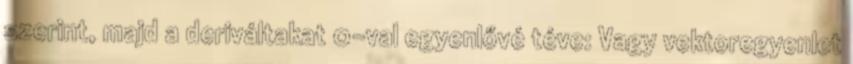
szerint, majd a deriváltakat 0-val egyenlővé téve: Vagy vektoregyenlet